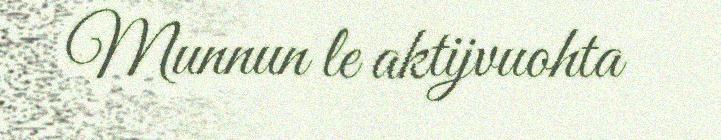
Munnun le aktijvuohta